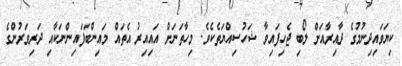
ކިޔަވައިދިނުމުގެ ދާއިރާއަށް ލޯބި ޖެހިފައިވާ ޝަހުސިއްޔަތެކެވެ. މިހާތަނަށް އައިއިރު އެތައް މައިންބަފައިންނަކާއި ދަރިވަރުންގެ